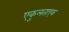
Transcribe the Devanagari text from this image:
एकुलताएक